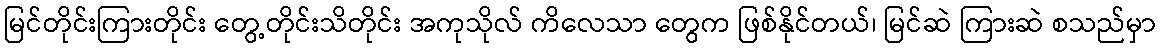
မြင်တိုင်းကြားတိုင်း တွေ့တိုင်းသိတိုင်း အကုသိုလ် ကိလေသာ တွေက ဖြစ်နိုင်တယ်၊ မြင်ဆဲ ကြားဆဲ စသည်မှာ